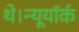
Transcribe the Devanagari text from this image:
थे।न्यूयॉर्क